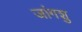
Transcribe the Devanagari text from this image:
जांगशु